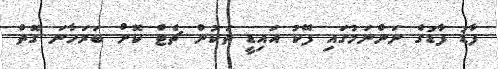
ފާޑު ފާޑުގެ ނަންނަމުގައި ފޭކު އައިޑީ ތަކުން ޗެޓް ކޮށް ބަރަހާނަ ގޮތް